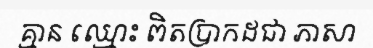
គ្មាន ឈ្មោះ ពិតប្រាកដជា ភាសា